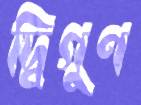
দ্বিগুণ